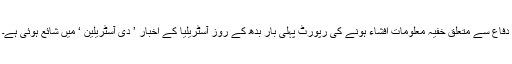
دفاع سے متعلق خفیہ معلومات افشاء ہونے کی رپورٹ پہلی بار بدھ کے روز آسٹریلیا کے اخبار ’ دی آسٹریلین ‘ میں شائع ہوئی ہے۔